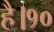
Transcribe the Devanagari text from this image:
है।१०